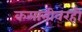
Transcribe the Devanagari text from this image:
कमानीवरही